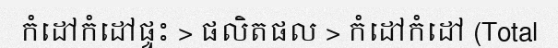
កំដៅកំដៅផ្ទះ > ផលិតផល > កំដៅកំដៅ (Total